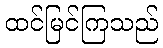
ထင်မြင်ကြသည်